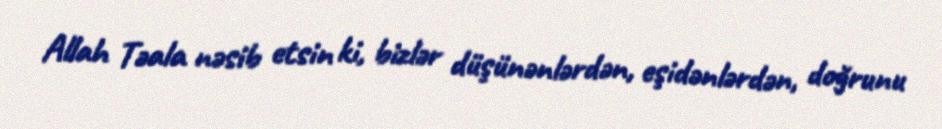
Allah Təala nəsib etsin ki, bizlər düşünənlərdən, eşidənlərdən, doğrunu